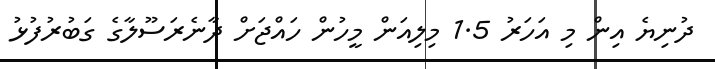
ދުނިޔެ އިން މި އަހަރު 1.5 މިލިއަން މީހުން ހައްޖަށް ދާނެރަސޫލާގެ ގަބުރުފުޅު